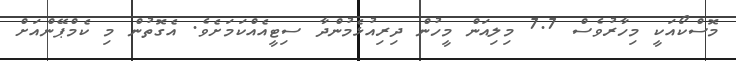
މޮސްކޯއަކީ މިހާރުވެސް 7.7 މިލިއަން މީހުން ދިރިއުޅެމުންދާ ސިޓީއެއްކަަމަށެވެ. އެގޮތުން މި ކެމްޕޭންއަށް